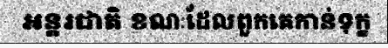
អន្តរជាតិ ខណៈដែលពួកគេកាន់ទុក្ខ